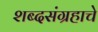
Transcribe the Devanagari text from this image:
शब्दसंग्रहाचे